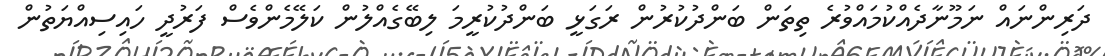
ދަރިންނައް ނަމޫނާދެއްކުމައްވުރެ ތިތަން ބަންދުކުރުން ރަގަޅީ ބަންދުކުރީމަ ލިބޭގެއްލުން ކަލޭމެންވެސް ފަރުދީ ހައިސިއްޔަތުން